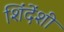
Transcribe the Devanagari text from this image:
शिंदेंशी